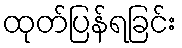
ထုတ်ပြန်ရခြင်း